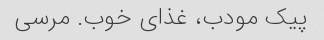
پیک مودب، غذای خوب. مرسی